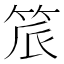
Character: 𬔾